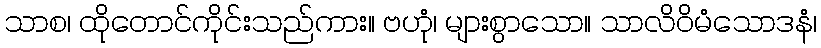
သာစ၊ ထိုတောင်ကိုင်းသည်ကား။ ဗဟုံ၊ များစွာသော။ သာလိဝိမံသောဒနံ၊